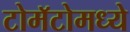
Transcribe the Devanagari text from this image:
टोमॅटोमध्ये